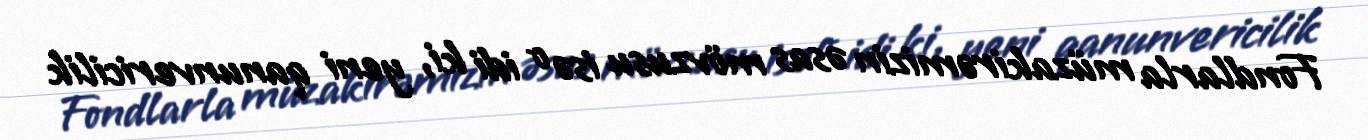
Fondlarla müzakirəmizin əsas mövzusu isə o idi ki, yeni qanunvericilik